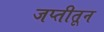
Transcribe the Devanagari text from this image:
जप्तीतून